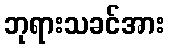
ဘုရားသခင်အား